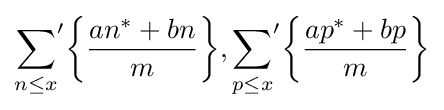
{\sum _{n\leq x}}'{\biggl \{}{\frac {an^{*}+bn}{m}}{\biggr \}},{\sum _{p\leq x}}'{\biggl \{}{\frac {ap^{*}+bp}{m}}{\biggr \}}